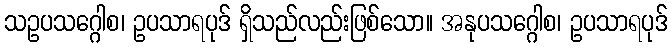
သဥပသဂ္ဂေါစ၊ ဥပသာရပုဒ် ရှိသည်လည်းဖြစ်သော။ အနုပသဂ္ဂေါစ၊ ဥပသာရပုဒ်